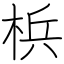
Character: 梹